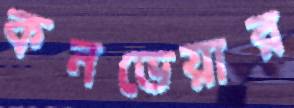
কনভেয়ার